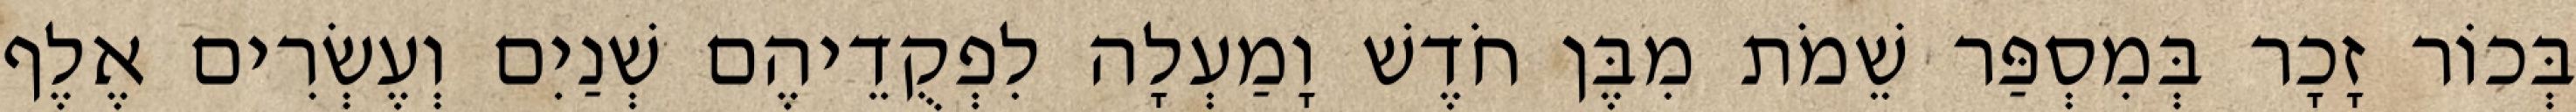
בְּכוֹר זָכָר בְּמִסְפַּר שֵׁמֹת מִבֶּן חֹדֶשׁ וָמַעְלָה לִפְקֻדֵיהֶם שְׁנַיִם וְעֶשְׂרִים אֶלֶף